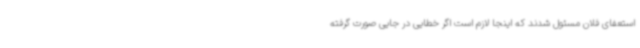
استعفای فلان مسئول شدند که اینجا لازم است اگر خطایی در جایی صورت گرفته